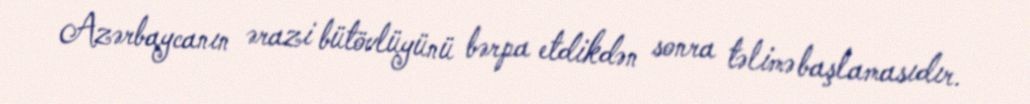
Azərbaycanın ərazi bütövlüyünü bərpa etdikdən sonra təlimə başlamasıdır.